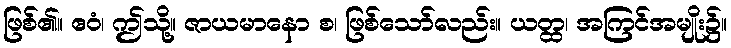
ဖြစ်၏။ ဧဝံ၊ ဤသို့။ ဇာယမာနော စ၊ ဖြစ်သော်လည်း။ ယတ္ထ၊ အကြင်အမျိုး၌။